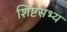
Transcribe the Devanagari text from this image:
शिष्टसभ्य